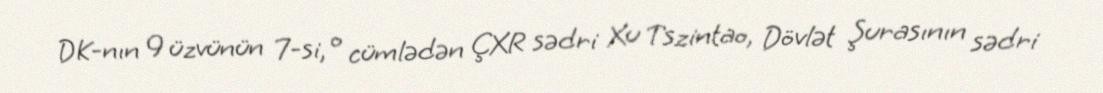
DK-nın 9 üzvünün 7-si, o cümlədən ÇXR sədri Xu Tszintao, Dövlət Şurasının sədri